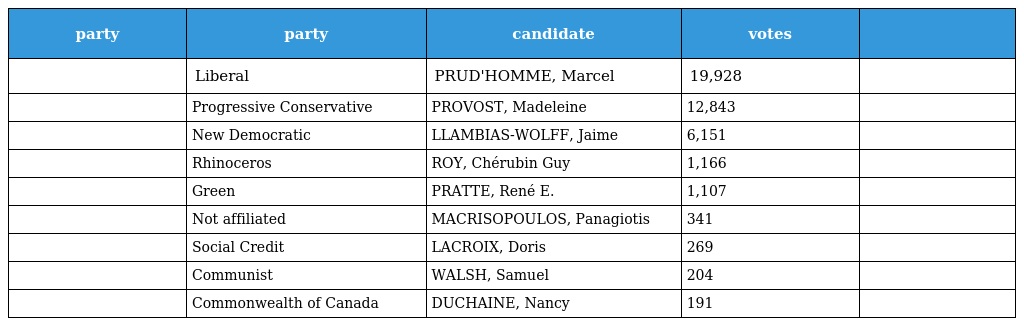
| party | party | candidate | votes |  |
 | --- | --- | --- | --- | --- |
 |  | Liberal | PRUD'HOMME, Marcel | 19,928 |  |
 |  | Progressive Conservative | PROVOST, Madeleine | 12,843 |  |
 |  | New Democratic | LLAMBIAS-WOLFF, Jaime | 6,151 |  |
 |  | Rhinoceros | ROY, Chérubin Guy | 1,166 |  |
 |  | Green | PRATTE, René E. | 1,107 |  |
 |  | Not affiliated | MACRISOPOULOS, Panagiotis | 341 |  |
 |  | Social Credit | LACROIX, Doris | 269 |  |
 |  | Communist | WALSH, Samuel | 204 |  |
 |  | Commonwealth of Canada | DUCHAINE, Nancy | 191 |  |